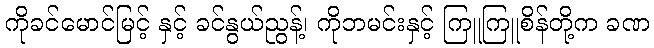
ကိုခင်မောင်မြင့် နှင့် ခင်နွယ်ညွန့်၊ ကိုဘမင်းနှင့် ကြူကြူစိန်တို့က ခဏ